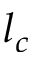
l _ { c }